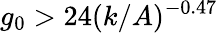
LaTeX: g_{0}>24(k/A)^{-0.47}